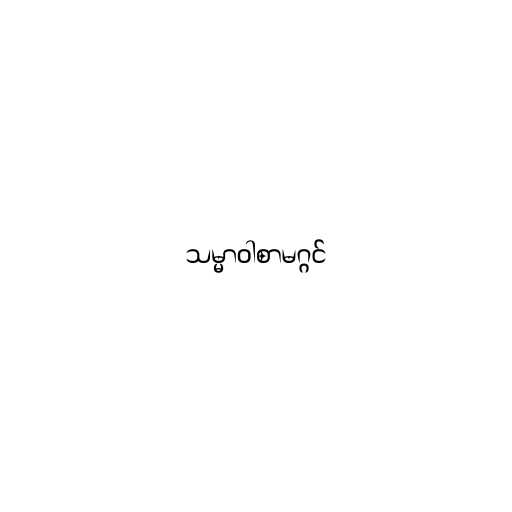
သမ္မာဝါစာမဂ္ဂင်